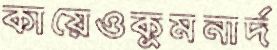
কায়েওকুমনার্দ